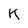
Character: K